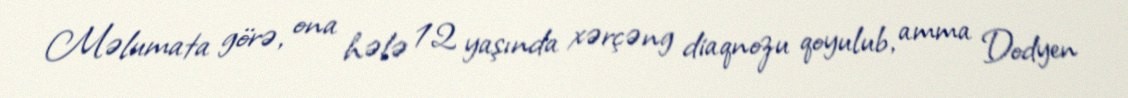
Məlumata görə, ona hələ 12 yaşında xərçəng diaqnozu qoyulub, amma Dodyen